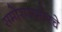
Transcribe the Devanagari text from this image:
समोरासमोरचे